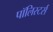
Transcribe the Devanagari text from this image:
पॉलिस्टर्स